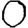
Digit: 0